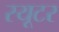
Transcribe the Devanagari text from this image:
रयूटर